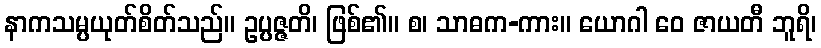
နာကသမ္ပယုတ်စိတ်သည်။ ဥပ္ပဇ္ဇတိ၊ ဖြစ်၏။ စ၊ သာဓက-ကား။ ယောဂါ ဝေ ဇာယတီ ဘူရိ၊